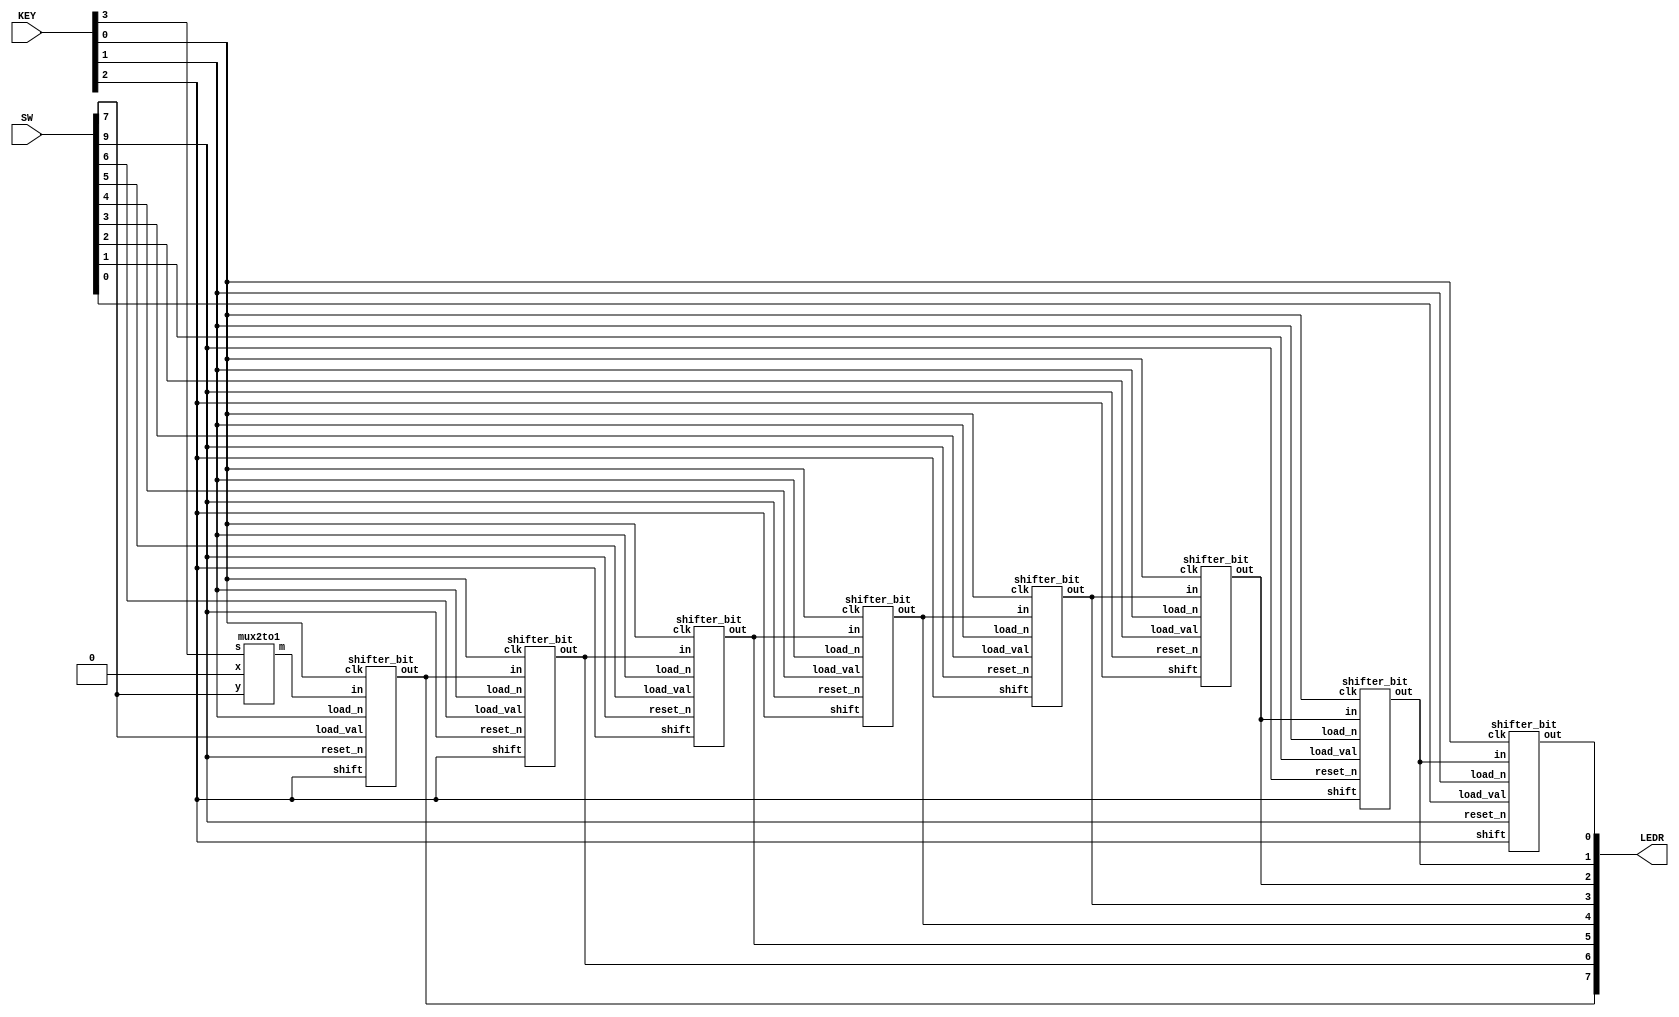
module shifter(SW,KEY,LEDR);
	// represent the LoadVal[7:0]
	input [9:0]SW;
	//ASR, ShiftRight,Load_n,clk
	input [3:0]KEY;
	output [7:0]LEDR;
	wire c0;
	
	mux2to1 m0(
		.x(1'b0),
		.y(SW[7]),
		.s(KEY[3]),
		.m(c0)
	);
	
	shifter_bit s0(
	    .load_val(SW[7]),
		 .in(c0),
		 .shift(KEY[2]),
		 .load_n(KEY[1]),
		 .clk(KEY[0]),
		 .reset_n(SW[9]),
		 .out(LEDR[7])
	);
	
	shifter_bit s1(
	    .load_val(SW[6]),
		 .in(LEDR[7]),
		 .shift(KEY[2]),
		 .load_n(KEY[1]),
		 .clk(KEY[0]),
		 .reset_n(SW[9]),
		 .out(LEDR[6])
		 );
	
	shifter_bit s2(
	    .load_val(SW[5]),
		 .in(LEDR[6]),
		 .shift(KEY[2]),
		 .load_n(KEY[1]),
		 .clk(KEY[0]),
		 .reset_n(SW[9]),
		 .out(LEDR[5])
	);
	
	shifter_bit s3(
	    .load_val(SW[4]),
		 .in(LEDR[5]),
		 .shift(KEY[2]),
		 .load_n(KEY[1]),
		 .clk(KEY[0]),
		 .reset_n(SW[9]),
		 .out(LEDR[4])
	);
	
	shifter_bit s4(
	    .load_val(SW[3]),
		 .in(LEDR[4]),
		 .shift(KEY[2]),
		 .load_n(KEY[1]),
		 .clk(KEY[0]),
		 .reset_n(SW[9]),
		 .out(LEDR[3])
	);
	
	shifter_bit s5(
	    .load_val(SW[2]),
		 .in(LEDR[3]),
		 .shift(KEY[2]),
		 .load_n(KEY[1]),
		 .clk(KEY[0]),
		 .reset_n(SW[9]),
		 .out(LEDR[2])
	);
	
	shifter_bit s6(
	    .load_val(SW[1]),
		 .in(LEDR[2]),
		 .shift(KEY[2]),
		 .load_n(KEY[1]),
		 .clk(KEY[0]),
		 .reset_n(SW[9]),
		 .out(LEDR[1])
	);
	
	shifter_bit s7(
	    .load_val(SW[0]),
		 .in(LEDR[1]),
		 .shift(KEY[2]),
		 .load_n(KEY[1]),
		 .clk(KEY[0]),
		 .reset_n(SW[9]),
		 .out(LEDR[0])
	);
	
endmodule

module shifter_bit(load_val, in, shift, load_n, clk, reset_n, out);
	input load_val, in, shift, load_n, clk, reset_n;
	output out;
	wire connect,connect1;
	
	mux2to1 M2(
		.x(out),
		.y(in),
		.s(shift),
		.m(connect)
	);
	
	mux2to1 M1(
		.x(load_val),
		.y(connect),
		.s(load_n),
		.m(connect1)
	);
	
	flipflop F0(
		.d(connect1),
		.q(out),
		.clock(clk),
		.reset_n(reset_n)
		);
endmodule

module flipflop(d,clock,reset_n,q);
	input d,clock,reset_n;
	reg q0;
	output q;
	always @(posedge clock)
		begin
			if(reset_n == 1'b1)
				q0 <= 0;
			else
				q0 <= d;
		end
	assign q = q0;
endmodule

module mux2to1(x, y, s, m);
    input x; //selected when s is 0
    input y; //selected when s is 1
    input s; //select signal
    output m; //output
  
    assign m = s & y | ~s & x;
endmodule